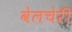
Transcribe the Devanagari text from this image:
वेलचेरी